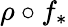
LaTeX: \rho\circ f_{*}